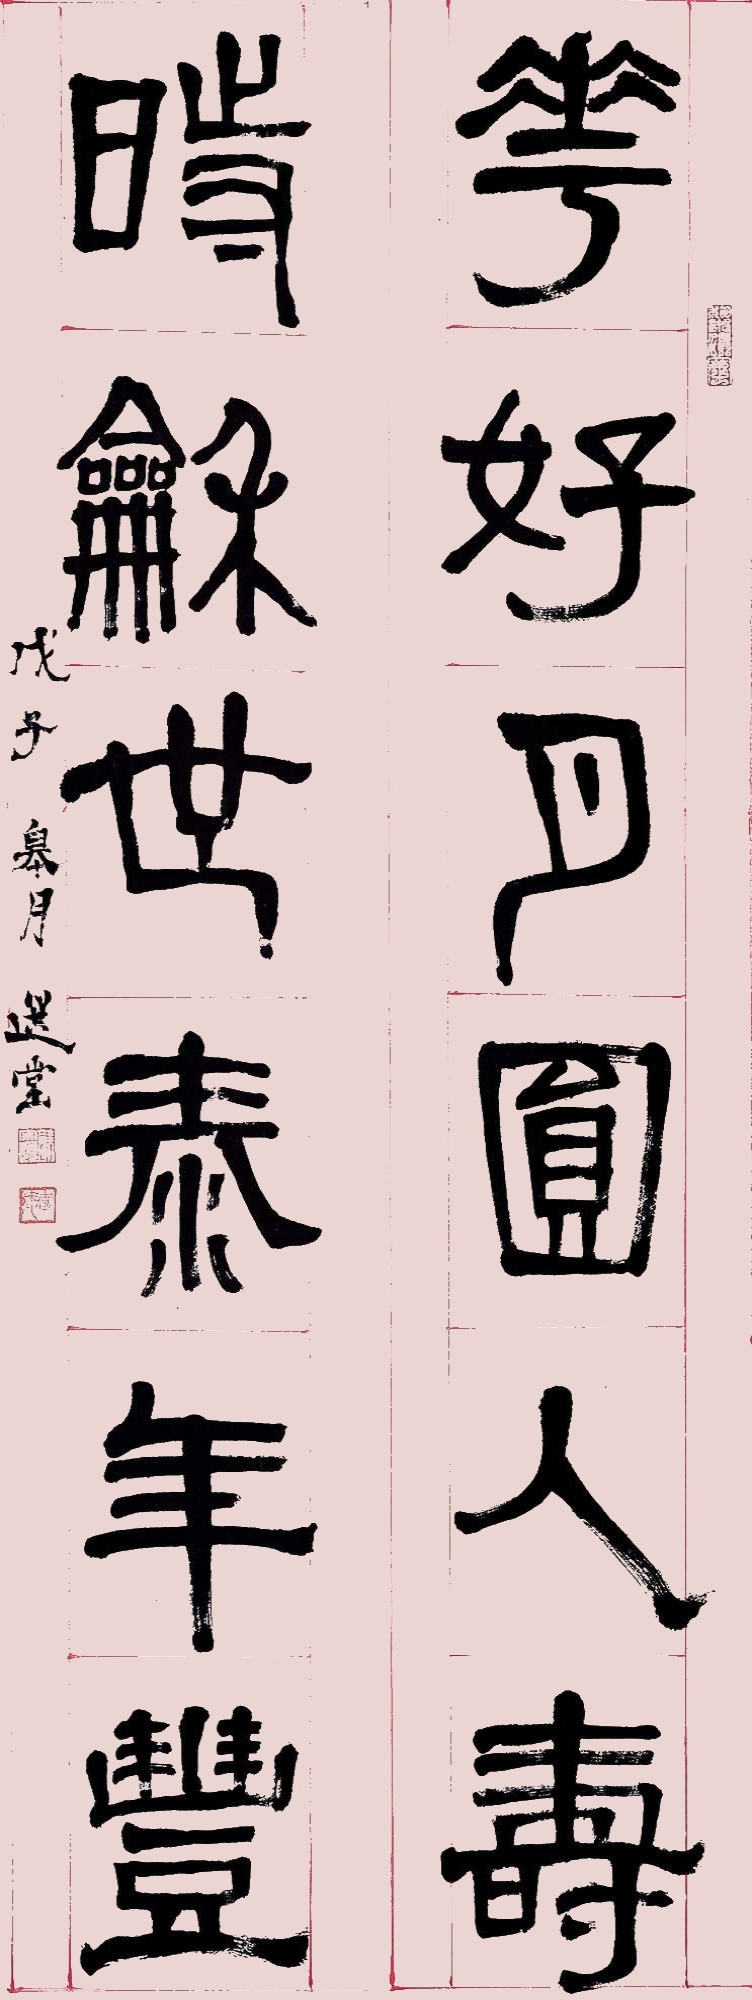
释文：花好月圆人寿，时和世泰年丰。戊子皋月，选堂。